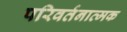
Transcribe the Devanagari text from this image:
परिवर्तनात्मक